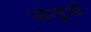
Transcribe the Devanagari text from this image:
सेतूचे